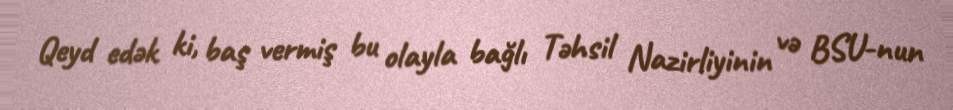
Qeyd edək ki, baş vermiş bu olayla bağlı Təhsil Nazirliyinin və BSU-nun